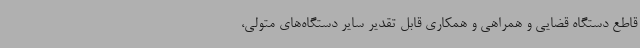
قاطع دستگاه قضایی و همراهی و همکاری قابل تقدیر سایر دستگاه‌های متولی،